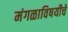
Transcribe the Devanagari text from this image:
मंगळाविषयीचे